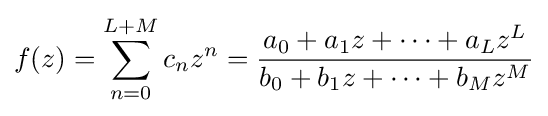
f(z)=\sum _{n=0}^{L+M}c_{n}z^{n}={\frac {a_{0}+a_{1}z+\cdots +a_{L}z^{L}}{b_{0}+b_{1}z+\cdots +b_{M}z^{M}}}